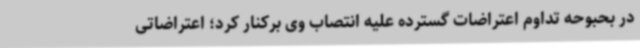
در بحبوحه تداوم اعتراضات گسترده علیه انتصاب وی برکنار کرد؛ اعتراضاتی